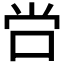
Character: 𫩠